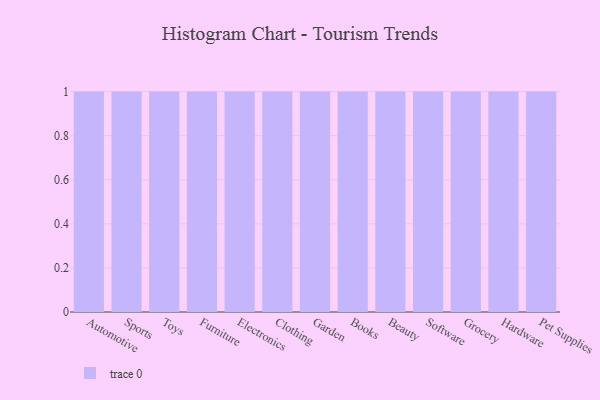
{"axis": {"x": "Category", "y": "Headcount"}, "legend": [""], "data": [{"x": "Automotive", "y": 95, "type": ""}, {"x": "Sports", "y": 40, "type": ""}, {"x": "Toys", "y": 88, "type": ""}, {"x": "Furniture", "y": 6, "type": ""}, {"x": "Electronics", "y": 35, "type": ""}, {"x": "Clothing", "y": 16, "type": ""}, {"x": "Garden", "y": 86, "type": ""}, {"x": "Books", "y": 65, "type": ""}, {"x": "Beauty", "y": 3, "type": ""}, {"x": "Software", "y": 18, "type": ""}, {"x": "Grocery", "y": 10, "type": ""}, {"x": "Hardware", "y": 62, "type": ""}, {"x": "Pet Supplies", "y": 39, "type": ""}]}